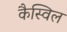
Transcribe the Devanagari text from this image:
कैस्विल